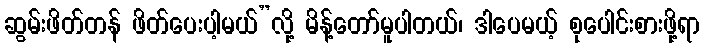
ဆွမ်းဖိတ်တန် ဖိတ်ပေးပါ့မယ်”လို့ မိန့်တော်မူပါတယ်၊ ဒါပေမယ့် စုပေါင်းစားဖို့ရာ